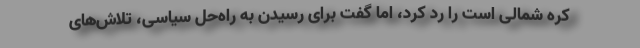
کره شمالی است را رد کرد، اما گفت برای رسیدن به راه‌حل سیاسی، تلاش‌های